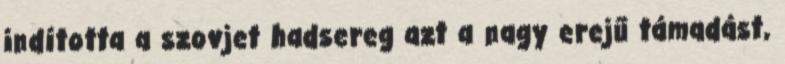
indította a szovjet hadsereg azt a nagy erejű támadást,